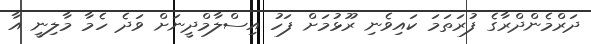
ދަރްމެންދްރާގެ ފުރަތަމަ ކައިވެނި ރޫޅުމަށް ފަހު އިސްލާމްދީނަށް ވަދެ ހެމާ މާލިނީ އާ